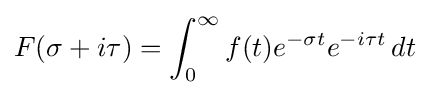
F(\sigma +i\tau )=\int _{0}^{\infty }f(t)e^{-\sigma t}e^{-i\tau t}\,dt